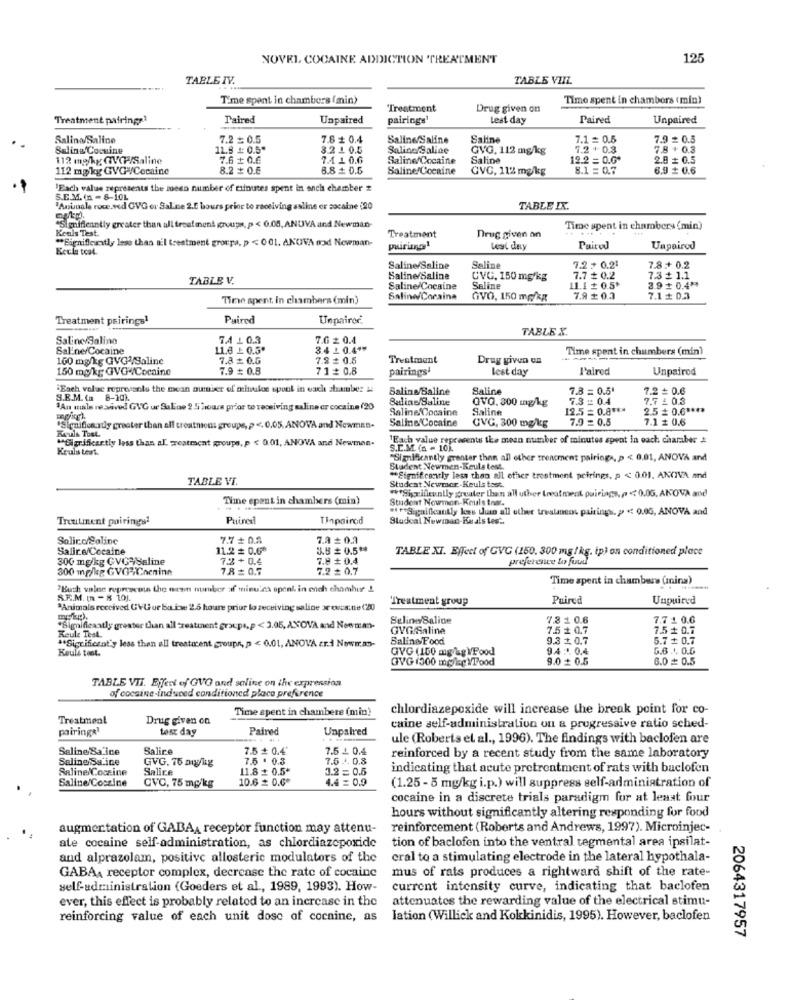
NOVEL COCAINE ADDICTION TREATMENT
125
TABLE IV.
TABLE VIIL.
Time spent in chambers (min)
Time spent in chambers (min)
"Treatment
Drug given on
Treatment pairings1
Paired
Unpaired
pairings1
Lest day
Paired
Unpaired
Salina/Saline
7.2 = 0.5
7.6 + 0.4
Saline Saline
Saline
7.1 = 0.5
7.9 = 0.5
Salina Cocuine
11.8 #: 0.5*
3.2 .10.5
Saline Saline
GVG. 112 mg/kg
7.2 + 0.3
7.8 + 0.3
112 mg/kg CCP/Saline
7.6 + 0.6
7.1 1 0.6
Saline/Cocaine
Saline
12.2 = 0.0+
2.8 # 0.5
112 mgkg GVG /Cocaine
8.2 + 0.6
8.8 + 0.5
Saline Cocaine
CVC, 112 mg/kg
8.1 = 0.7
6.9 + 0.6
'Each value represents the mess number of ruinuses spent in anch chamber #
S.C.M. (n = 8-10L
"Aniuale roce.ved CVG or Saline 2.5 hours prior to receiving asline or cocaine (20
TABLE IX.
"Signifieantly greater than all treatment groups, p < 0.00, ANUVA and Newman-
Keuls Test.
Drug given on
Time spent in chambery (min)
** Significantly less than Bil treatment groepa, p < 001. AKOVA ood Newman-
Treatment
Keule test.
Lest day
Paired
Uappirod
Saline/Saline
Saline
7.2 + 0.21
7.8+ 0.2
TABLE V.
Saline/Saline
CVC. 150 mg/kg
7.7 # 0.2
7.3 + 1.1
Saline Cocaine
Saline
11.1 + 0.5*
3.9+0.4*
Time spent, in chambers (min)
Saline/Cocaina
GVO, 150 mg/kg
7.9 + 0.3
7.1 + 0.3
Treatment pairings1
Puired
Unpaired
TABLE X.
Saline/Salino
7.4 1 0.3
7.6 + 0.4
Sal'ne/Cocaine
11.6 L 0.5º
3.4 10.49#
Time spent in chambers (min)
100 mg/kg QVG /Saline
7.8 + 0.6
7.2 # 0.5
Treatment
Drug given en
150 mg/kg GVG4/Cocaine
7.9 = 0.8
71₴0.8
pairings!
lest day
Paired
Unpairod
Each value represents the mean ounber of minutos spuel in wach stumbez i
Saline/Saline
Saline
7.8 = 0.5'
7.2 = 0.6
S.E.M. (n 8-10%.
Salins Saline
QVQ. 300 mg/kg
7.3 = 0.4
7.7 4 0.3
"An mala re sived GVG ur Sulao 2.5 hours prior to receiving saline or cocaine (20
Saline Cocaine
Saline
12.5 = 0.8 ***
2.5₺ 0.0 ****
Saline Cocaine
CVG, 300 mg/kg
7.9 = 0.5
7.1 £ 0.6
Keuls Tost
*Sieniflonady greater than all creations groupe, p <. 0.05. ANOVA and Newman-
#Sigrificartly less than al reatment groups, p < 0.01, ANOVA and Newman-
1Each value represents the mean number of minutes spent in each charaber &
Keulss test.
S.C.M. (n = 10)
"Significantly greater than all other trencment pairings, p < 0,01, ANOVA and
Student Newmen-Keuls tost
TABLE VI.
** Significantly less than all other treatment pcirings, p < 0.01. ANOIVA and
Student Newmer-Keuls tost.
*** Sigrilleunlly greater than all uther treatment puirings, , << 0.00. ANOVA and
Time spent in chambers (min)
Student Nowmon-Kouls tost.
*Significantly less than all other trestancou pairings. p < 0.00, ANOVA and
Treatment poirings1
Puined
Tinpairod
Studcal Newman-Kuals test
Saliro/Saline
7.7 # 0.8
7.3 # 0.1
Salire/Cocaine
11.2 # 0.68
3.5 £ 0.5 **
TABLE XI. Effect of GVC (150. 300 mg / kg. ip) on conditioned place
300 mg/kg GVG-Saline
7.2+ 0.4
7.8 # 0.4
preference to fuud
300 mg/kg GVGVCneninn
7.8 =0.7
7.2 # 0.7
Time spent in chambers (nina)
"Buch valne represents the eren number af minutes openk in ench chomhur !
SE.M. ( -8 10).
Treatment group
Puired
Unpuired
*Animals received UVU ur Ba ine 2.5 houre priur lo receiving saline se oux:ne (20
Seline Saline
7.8 1 0.6
7.7 1 0.6
*Significantly greater than all reatinent groups, p < 3.05, ANOVA and Nowman-
GVG Saline
7.5 + 0.7
7.5 + 0.7
Keule Test.
Saline Food
9.3 $ 0.7
5.7 + 0.7
*Sigrificsot'y less than all trestucent groups, p < 0.01, ANOVA cr.à Nowman-
GVG (150 mg/kg VFood
9.4 :1. 0.4
6.6 .1. 0.6
Keule tost.
GVG (300 mg/kg VTood
9.0 + 0.5
6.0 0.5
TABLE VII. Effect of GVG and saline on the expression
of cocaine-induced conditioned placa preference
Time spent in chambere (min)
chlordiazepoxide will increase the break point for co-
Treatment
Drug given on
pairings
test day
Paired
Unpaired
caine self-administration on a progressive ratio sched-
ule (Roberts et al ., 1996). The findings with baclofen are
Saline Sa ine
Salire
7.5 # 0.4'
7.5 4 0.4
Saline Sa ine
GVG. 76 Diy/kg
7.5 . 0.3
7.5 4. 0.8
reinforced by a recent study from the same laboratory
Saline/Coccine
Salire
11.8 + 0.5*
3.2 = 0.5
indicating that acute pretreatment of rats with baclofen
Saline/Coszine
CVC, 75 mg/kg
10.6 # 0.6º
4.4 = 0.0
(1.25- 5 mg/kg i.p.) will suppress self-administration of
cocaine in a discrete trials paradigm for at least four
hours without significantly altering responding for food
augmentation of GABAA receptor function may attenu-
reinforcement (Roberts and Andrews, 1997). Microinjec-
ate cocaine self-administration, as chlordiazepoxide
tion of baclofen into the ventral tegmental area ipsilat-
and alprazolam, positive allosteric modulators of the
cral to a stimulating electrode in the lateral hypothala-
GABAA receptor complex, decrease the rate of cocaine
mus of rats produces a rightward shift of the rate-
self-administration (Goeders et al ., 1989, 1993). How-
current intensity curve, indicating that baclofen
attenuates the rewarding value of the electrical stimu-
ever, this effect is probably related to an increase in the
reinforcing value of each unit dose of cocaine, as
lation (Willick and Kokkinidis, 1995). However, baclofen
2064317957